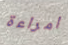
امراءة